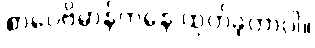
စာပေဗိမာန်ကနေ ထုတ်ခဲ့တာပါ။